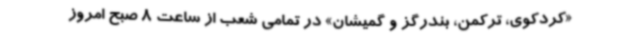
«کردکوی، ترکمن، بندرگز و گمیشان» در تمامی شعب از ساعت 8 صبح امروز